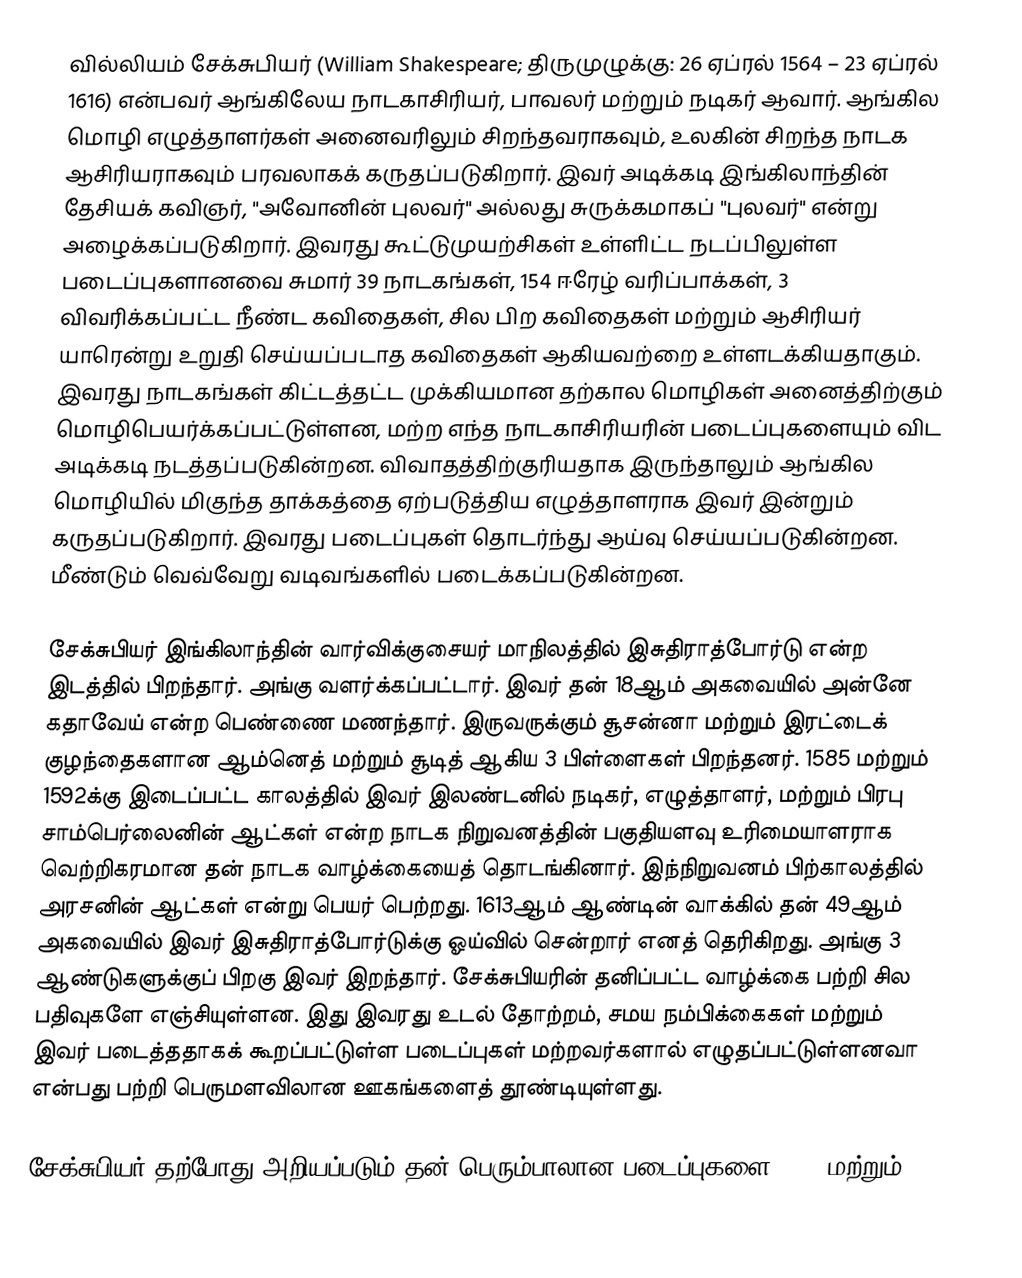
வில்லியம் சேக்சுபியர் (William Shakespeare; திருமுழுக்கு: 26 ஏப்ரல் 1564 – 23 ஏப்ரல் 1616)  என்பவர் ஆங்கிலேய நாடகாசிரியர், பாவலர் மற்றும் நடிகர் ஆவார். ஆங்கில மொழி எழுத்தாளர்கள் அனைவரிலும் சிறந்தவராகவும், உலகின் சிறந்த நாடக ஆசிரியராகவும் பரவலாகக் கருதப்படுகிறார். இவர் அடிக்கடி இங்கிலாந்தின் தேசியக் கவிஞர், "அவோனின் புலவர்" அல்லது சுருக்கமாகப் "புலவர்" என்று அழைக்கப்படுகிறார். இவரது கூட்டுமுயற்சிகள் உள்ளிட்ட நடப்பிலுள்ள படைப்புகளானவை சுமார் 39 நாடகங்கள், 154 ஈரேழ் வரிப்பாக்கள், 3 விவரிக்கப்பட்ட நீண்ட கவிதைகள், சில பிற கவிதைகள் மற்றும் ஆசிரியர் யாரென்று உறுதி செய்யப்படாத கவிதைகள் ஆகியவற்றை உள்ளடக்கியதாகும். இவரது நாடகங்கள் கிட்டத்தட்ட முக்கியமான தற்கால மொழிகள் அனைத்திற்கும் மொழிபெயர்க்கப்பட்டுள்ளன, மற்ற எந்த நாடகாசிரியரின் படைப்புகளையும் விட அடிக்கடி நடத்தப்படுகின்றன. விவாதத்திற்குரியதாக இருந்தாலும் ஆங்கில மொழியில் மிகுந்த தாக்கத்தை ஏற்படுத்திய எழுத்தாளராக இவர் இன்றும் கருதப்படுகிறார். இவரது படைப்புகள் தொடர்ந்து ஆய்வு செய்யப்படுகின்றன. மீண்டும் வெவ்வேறு வடிவங்களில் படைக்கப்படுகின்றன.

சேக்சுபியர் இங்கிலாந்தின் வார்விக்குசையர் மாநிலத்தில் இசுதிராத்போர்டு என்ற இடத்தில் பிறந்தார். அங்கு வளர்க்கப்பட்டார். இவர் தன் 18ஆம் அகவையில் அன்னே கதாவேய் என்ற பெண்ணை மணந்தார். இருவருக்கும் சூசன்னா மற்றும் இரட்டைக் குழந்தைகளான ஆம்னெத் மற்றும் சூடித் ஆகிய 3 பிள்ளைகள் பிறந்தனர். 1585 மற்றும் 1592க்கு இடைப்பட்ட காலத்தில் இவர் இலண்டனில் நடிகர், எழுத்தாளர், மற்றும் பிரபு சாம்பெர்லைனின் ஆட்கள் என்ற நாடக நிறுவனத்தின் பகுதியளவு உரிமையாளராக வெற்றிகரமான தன் நாடக வாழ்க்கையைத் தொடங்கினார். இந்நிறுவனம் பிற்காலத்தில் அரசனின் ஆட்கள் என்று பெயர் பெற்றது. 1613ஆம் ஆண்டின் வாக்கில் தன் 49ஆம் அகவையில் இவர் இசுதிராத்போர்டுக்கு ஓய்வில் சென்றார் எனத் தெரிகிறது. அங்கு 3 ஆண்டுகளுக்குப் பிறகு இவர் இறந்தார். சேக்சுபியரின் தனிப்பட்ட வாழ்க்கை பற்றி சில பதிவுகளே எஞ்சியுள்ளன. இது இவரது உடல் தோற்றம், சமய நம்பிக்கைகள் மற்றும் இவர் படைத்ததாகக் கூறப்பட்டுள்ள படைப்புகள் மற்றவர்களால் எழுதப்பட்டுள்ளனவா என்பது பற்றி பெருமளவிலான ஊகங்களைத் தூண்டியுள்ளது.

சேக்சுபியர் தற்போது அறியப்படும் தன் பெரும்பாலான படைப்புகளை 1589 மற்றும்